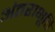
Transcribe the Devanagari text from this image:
अंतराभूति